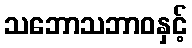
သဘောသဘာဝနှင့်